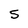
Character: 5